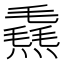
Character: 𪹮